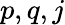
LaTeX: p,q,j